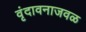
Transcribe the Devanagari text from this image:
वृंदावनाजवळ